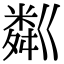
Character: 粼